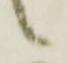
候